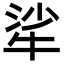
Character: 㸺